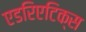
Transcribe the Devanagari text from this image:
एडरिएटिक्स